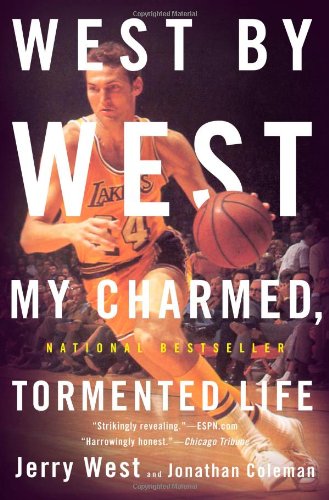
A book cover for West by West: My Charmed, Tormented Life; Jerry West; Biographies & Memoirs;